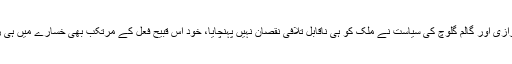
دشنام طرازی اور گالم گلوچ کی سیاست نے ملک کو ہی ناقابلِ تلافی نقصان نہیں پہنچایا، خود اس قبیح فعل کے مرتکب بھی خسارے میں ہی رہے ہیں۔